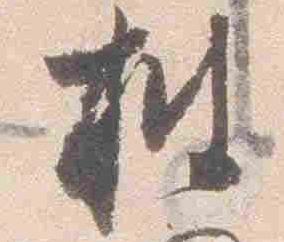
披